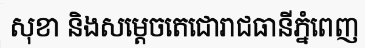
សុខា និងសម្តេចតេជោរាជធានីភ្នំពេញ